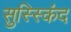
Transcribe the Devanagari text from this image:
सुस्स्किंद